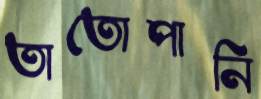
তাতোপানি